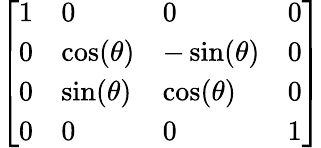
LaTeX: \left[\begin{array}{llll}{1}&{0}&{0}&{0}\\ {0}&{\cos(\theta)}&{-\sin(\theta)}&{0}\\ {0}&{\sin(\theta)}&{\cos(\theta)}&{0}\\ {0}&{0}&{0}&{1}\end{array}\right]